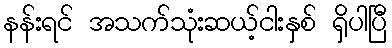
နန်းရင် အသက်သုံးဆယ့်ငါးနှစ် ရှိပါပြီ